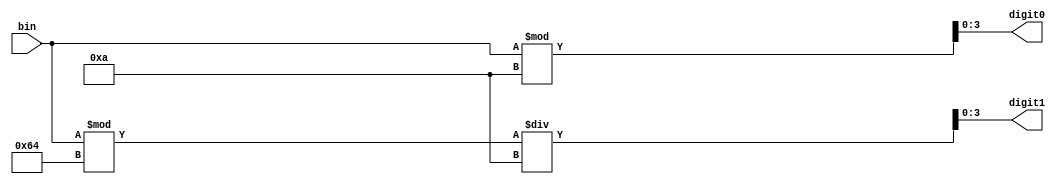
`timescale 1ns / 1ps
//////////////////////////////////////////////////////////////////////////////////
// Company: 
// Engineer: 
// 
// Design Name: 
// Module Name: bin_to_dec
// Project Name: 
// Target Devices: 
// Tool Versions: 
// Description: 
// 
// Dependencies: 
// 
// Revision:
// Revision 0.01 - File Created
// Additional Comments:
// 
//////////////////////////////////////////////////////////////////////////////////


module bin_to_dec(
    input [3:0]bin,
    output reg [3:0]digit1,
    output reg [3:0]digit0
    );
    
always @* begin
    digit1 = (bin % 100) / 10;
    digit0 = bin % 10;
end
 
endmodule